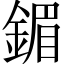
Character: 鎇